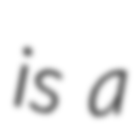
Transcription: is a